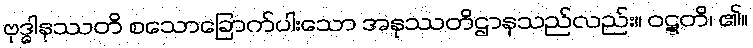
ဗုဒ္ဓါနုဿတိ စသောခြောက်ပါးသော အနုဿတိဌာနသည်လည်း။ ဝဋ္ဋတိ၊ ၏။